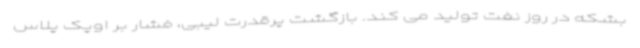
بشکه در روز نفت تولید می کند. بازگشت پرقدرت لیبی، فشار بر اوپک پلاس